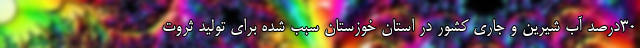
۳۰درصد آب شیرین و جاری کشور در استان خوزستان سبب شده برای تولید ثروت